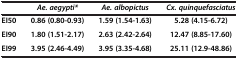
<table><thead><tr><td><b> </b></td><td><b><i>Ae. aegypti*</i></b></td><td><b><i>Ae. albopictus</i></b></td><td><b><i>Cx. quinquefasciatus</i></b></td></tr></thead><tbody><tr><td><b>EI50</b></td><td><b>0.86 (0.80-0.93)</b></td><td><b>1.59 (1.54-1.63)</b></td><td><b>5.28 (4.15-6.72)</b></td></tr><tr><td><b>EI90</b></td><td><b>1.80 (1.51-2.17)</b></td><td><b>2.63 (2.42-2.64)</b></td><td><b>12.47 (8.85-17.60)</b></td></tr><tr><td><b>EI99</b></td><td><b>3.95 (2.46-4.49)</b></td><td><b>3.95 (3.35-4.68)</b></td><td><b>25.11 (12.9-48.86)</b></td></tr></tbody></table>